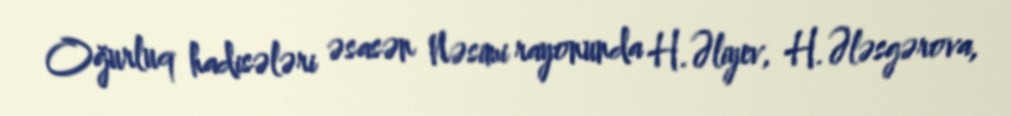
Oğurluq hadisələri əsasən Nəsimi rayonunda H.Əliyev, H.Ələsgərova,